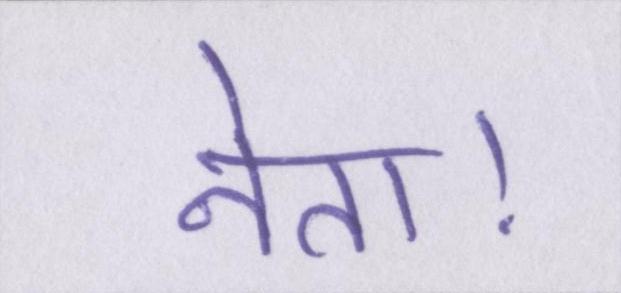
नेता।